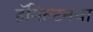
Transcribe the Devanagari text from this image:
हॅमिल्टनचा